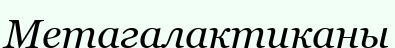
Метагалактиканы